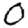
Digit: 0